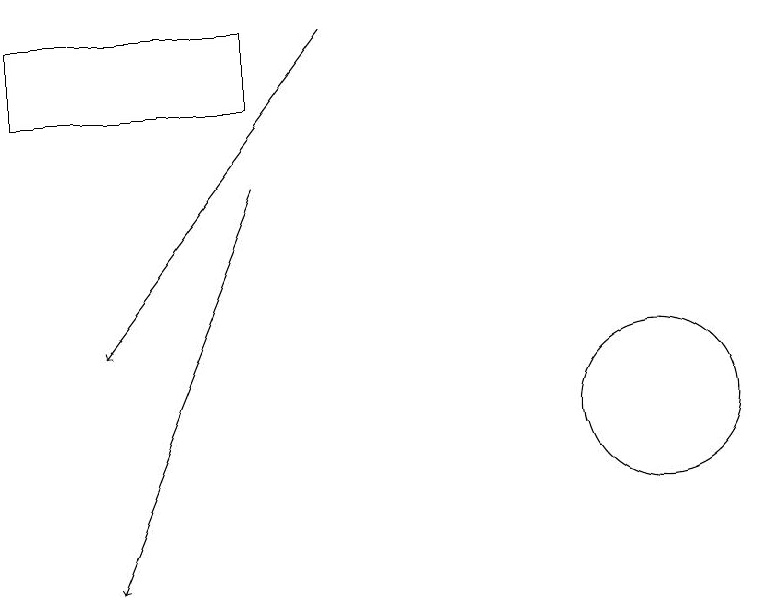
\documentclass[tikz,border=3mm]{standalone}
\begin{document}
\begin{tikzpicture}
\draw (11,12) circle (1);
\draw[->] (6,15) -- (4,10);
\draw[->] (7,17) -- (4,13);
\draw (3,17) rectangle (6,16);
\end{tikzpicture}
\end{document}